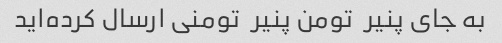
به جای پنیر  تومن پنیر  تومنی ارسال کرده‌اید